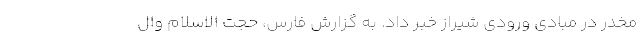
مخدر در مبادی ورودی شیراز خبر داد. به گزارش فارس، حجت الاسلام وال